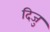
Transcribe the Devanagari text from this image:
दिजु